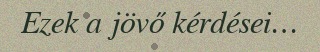
Ezek a jövő kérdései…